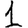
Digit: 1